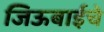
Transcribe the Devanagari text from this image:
जिऊबाईचे